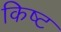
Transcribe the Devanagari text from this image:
किष्ट